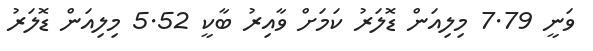
ވަނީ 7.79 މިލިއަން ޑޮލަރު ކަމަށް ވާއިރު ބާކީ 5.52 މިލިއަން ޑޮލަރު